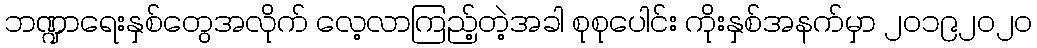
ဘဏ္ဍာရေးနှစ်တွေအလိုက် လေ့လာကြည့်တဲ့အခါ စုစုပေါင်း ကိုးနှစ်အနက်မှာ ၂၀၁၉၂၀၂၀